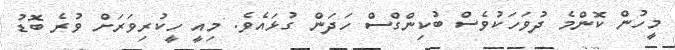
މީހުން ކޮންމެ ދުވަހަކުވެސް ބުކިންގްސް ހަދަން ގުޅައެވެ. މިއީ ހީކުރިވަރަށް ވުރެ ބޮޑު